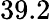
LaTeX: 39.2